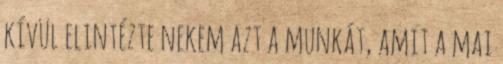
kívül elintézte nekem azt a munkát, amit a mai